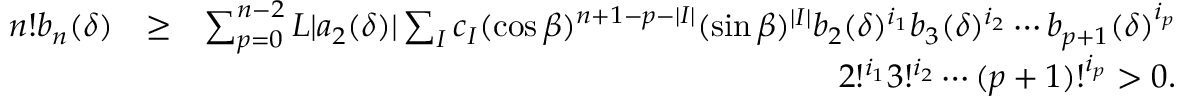
\begin{array} { r l r } { n ! b _ { n } ( \delta ) } & { \geq } & { \sum _ { p = 0 } ^ { n - 2 } L | a _ { 2 } ( \delta ) | \sum _ { I } c _ { I } ( \cos \beta ) ^ { n + 1 - p - | I | } ( \sin \beta ) ^ { | I | } b _ { 2 } ( \delta ) ^ { i _ { 1 } } b _ { 3 } ( \delta ) ^ { i _ { 2 } } \cdots b _ { p + 1 } ( \delta ) ^ { i _ { p } } } \\ & { } & { 2 ! ^ { i _ { 1 } } 3 ! ^ { i _ { 2 } } \cdots ( p + 1 ) ! ^ { i _ { p } } > 0 . } \end{array}